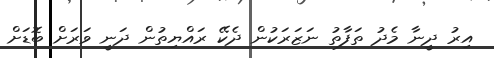
އިރު ދީނާ މެދު ތަފާތު ނަޒަރަކުން ދެކޭ ރައްޔިތުން ދަނީ ވަރަށް ބޮޑަށް